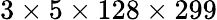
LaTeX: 3\times 5\times 128\times 299